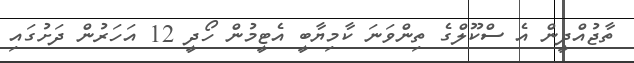
ތާޖުއްދީން އެ ސްކޫލްގެ ތިންވަނަ ކާމިޔާބީ އެޓީމުން ހޯދީ 12 އަހަރުން ދަށުގައި